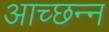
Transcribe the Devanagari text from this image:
आच्छन्‍न